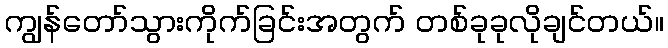
ကျွန်တော်သွားကိုက်ခြင်းအတွက် တစ်ခုခုလိုချင်တယ်။